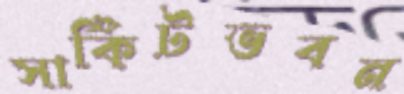
সার্কিটভবন